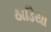
ઠાડિયા